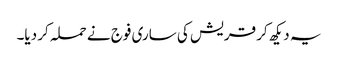
یہ دیکھ کر قریش کی ساری فوج نے حملہ کر دیا۔